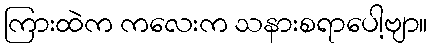
ကြားထဲက ကလေးက သနားစရာပေါ့ဗျာ။